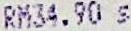
RM34.90 S